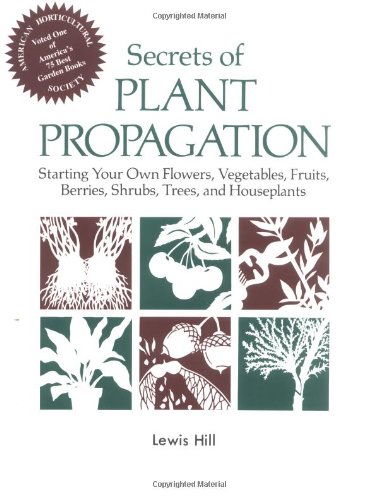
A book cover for Secrets of Plant Propagation: Starting Your Own Flowers, Vegetables, Fruits, Berries, Shrubs, Trees, and Houseplants; Lewis Hill; Crafts, Hobbies & Home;